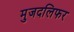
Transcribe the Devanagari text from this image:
मुजदलिफर